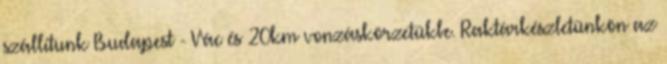
szállítunk Budapest - Vác és 20km vonzáskörzetükbe. Raktárkészletünkön az